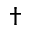
\dag